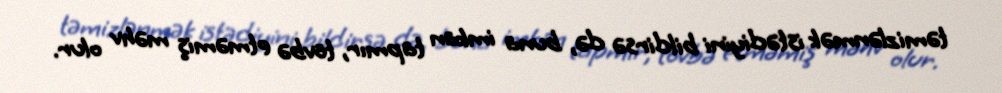
təmizlənmək istədiyini bildirsə də, buna imkan tapmır, tövbə etməmiş məhv olur.